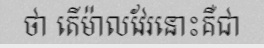
ថា តើម៉ាលវែរនោះគឺជា